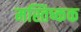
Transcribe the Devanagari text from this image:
मस्तिष्कक